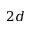
2 d